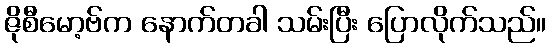
ဇိုစီမော့ဗ်က နောက်တခါ သမ်းပြီး ပြောလိုက်သည်။